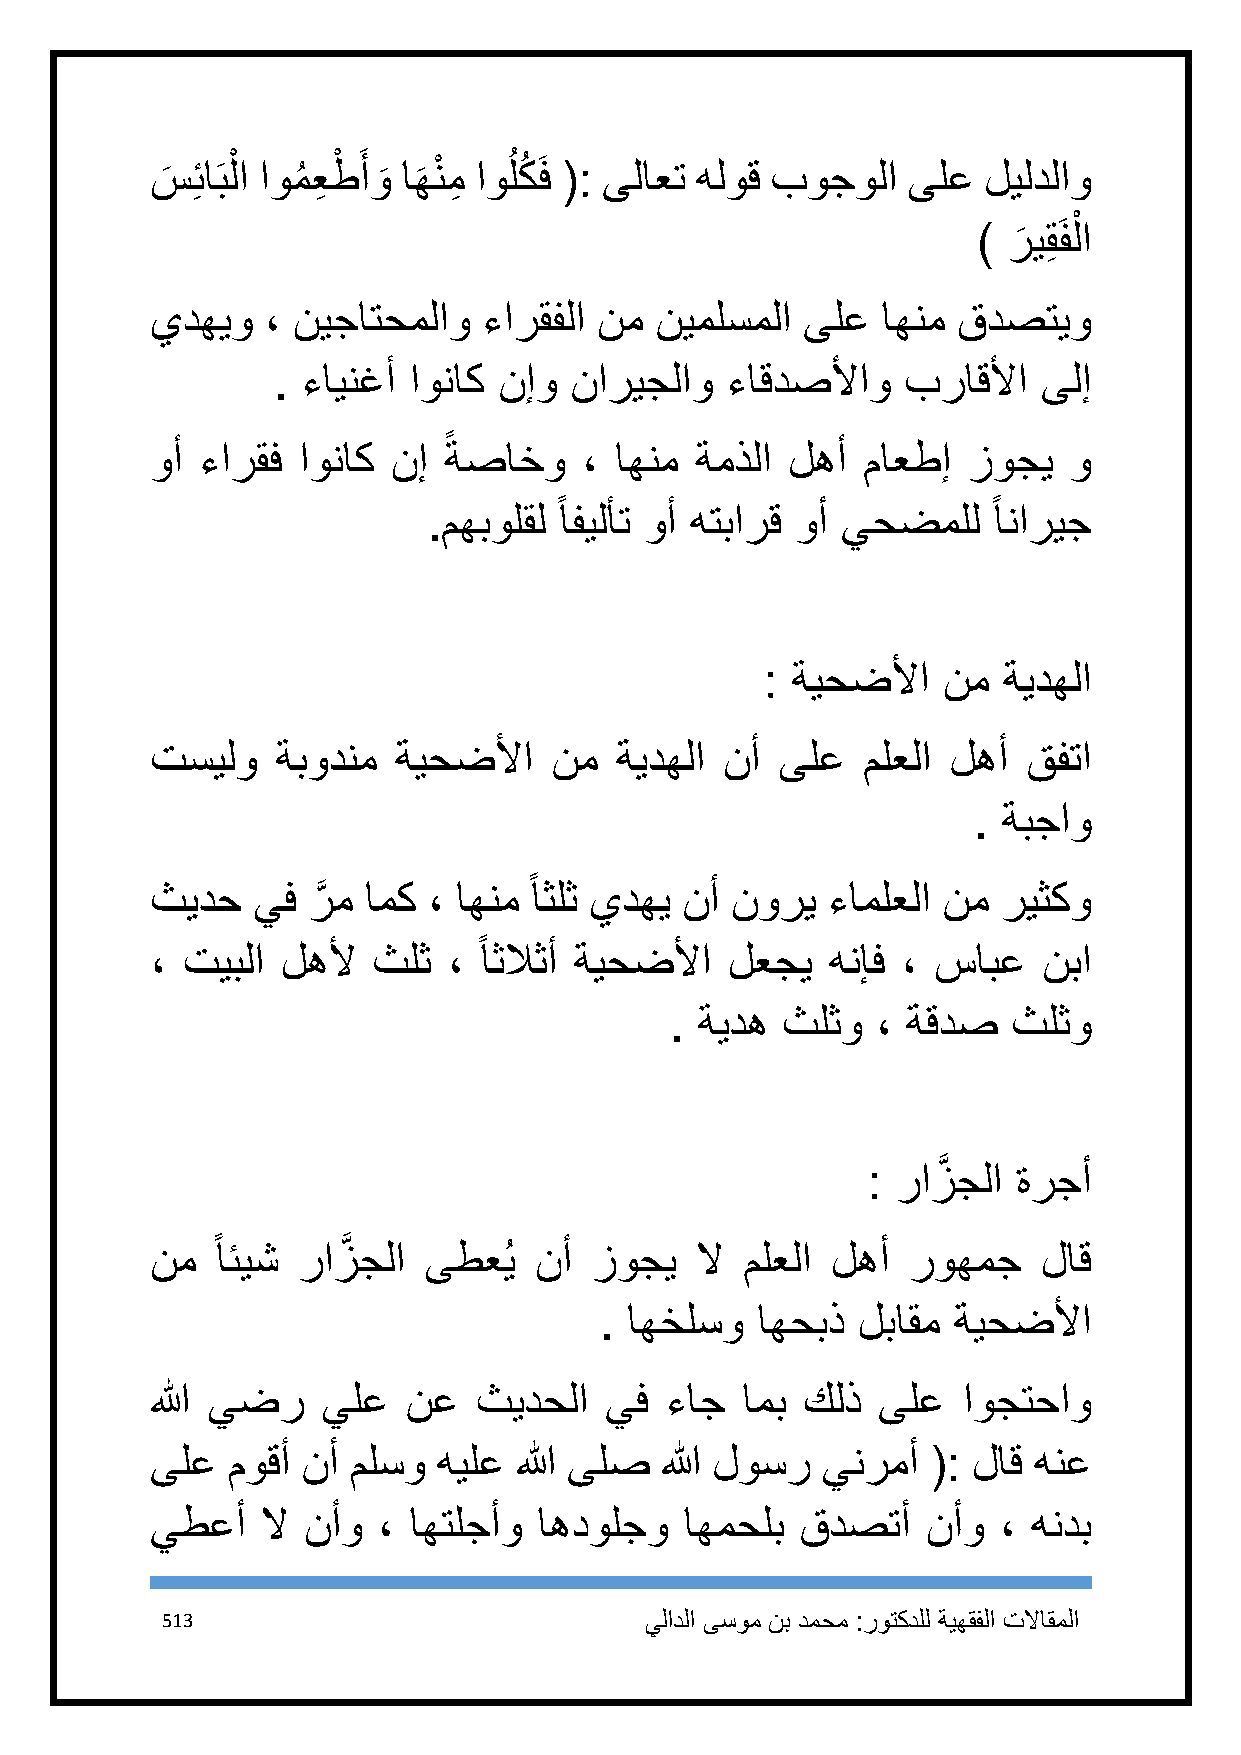
س
 َ
 ِئاَب لْ ا اومُ عِ طْ َ أو
 َ
 اه
 َ
 نْ مِ اوُ لكُ َف (: ىلاعت هلوق بوجولا ىلع ليلدلاو
 ْ
 ) ر
 َ
 يقِ َفلا
 يدهيو   ، نيجاتحملاو  ءارقفلا نم نيملسملا  ىلع  اهنم قدصتيو
 . ءاينغأ اوناك نإو  ناريجلاو  ءاقدصلأاو   براقلأا  ىلإ
 ً
 وأ ءارقف  اوناك نإ ةصاخو     ، اهنم ةمذلا لهأ  ماعطإ  زوجي   و
 ً                            ً
 .مهبولقل افيلأت وأ هتبارق وأ يحضملل   اناريج
 : ةيحضلأا  نم  ةيدهلا
 تسيلو   ةبودنم  ةيحضلأا    نم  ةيدهلا نأ  ىلع  ملعلا لهأ  قفتا
 . ةبجاو
 ً
 ثيدح   يف رَّ م امك ، اهنم اثلث يدهي نأ نوري ءاملعلا نم ريثكو
 ً
 ، تيبلا  لهلأ  ثلث  ، اثلاثأ ةيحضلأا  لعجي   هنإف ، سابع   نبا
 . ةيده  ثلثو  ، ةقدص   ثلثو
 : رازَّ جلا ةرجأ
 نم  ً ائيش رازَّ جلا ىطعُي نأ زوجي  لا ملعلا لهأ  روهمج    لاق
 . اهخلسو  اهحبذ  لباقم ةيحضلأا
 الله يضر   يلع   نع   ثيدحلا  يف  ءاج  امب كلذ  ىلع   اوجتحاو
 ىلع  موقأ نأ ملسو  هيلع الله ىلص  الله لوسر ينرمأ   (: لاق هنع
 يطعأ   لا نأو  ، اهتلجأو  اهدولجو  اهمحلب  قدصتأ   نأو  ، هندب
 513                             يلادلا ىسوم نب دمحم :روتكدلل ةيهقفلا تلااقملا